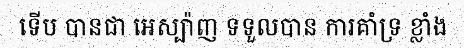
ទើប បានជា អេស្ប៉ាញ ទទួលបាន ការគាំទ្រ ខ្លាំង